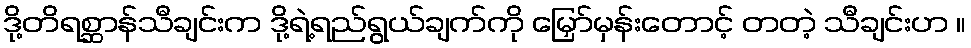
ဒို့တိရစ္ဆာန်သီချင်းက ဒို့ရဲ့ရည်ရွယ်ချက်ကို မြှော်မှန်းတောင့် တတဲ့ သီချင်းဟ ။